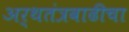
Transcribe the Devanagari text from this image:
अर्थतंत्रवाढीचा